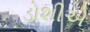
ડોશીએ